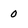
Character: 0